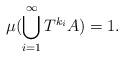
LaTeX: \begin{align*}\mu (\bigcup_{i=1}^{\infty} T^{k_i} A) = 1.\end{align*}